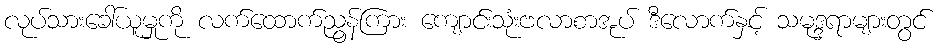
လုပ်သားခေါ်ယူမှုကို လက်ထောက်ညွန်ကြား ကျောင်းသုံးဗလာစာအုပ် ဒီလောက်နှင့် သမုဒ္ဒရာများတွင်